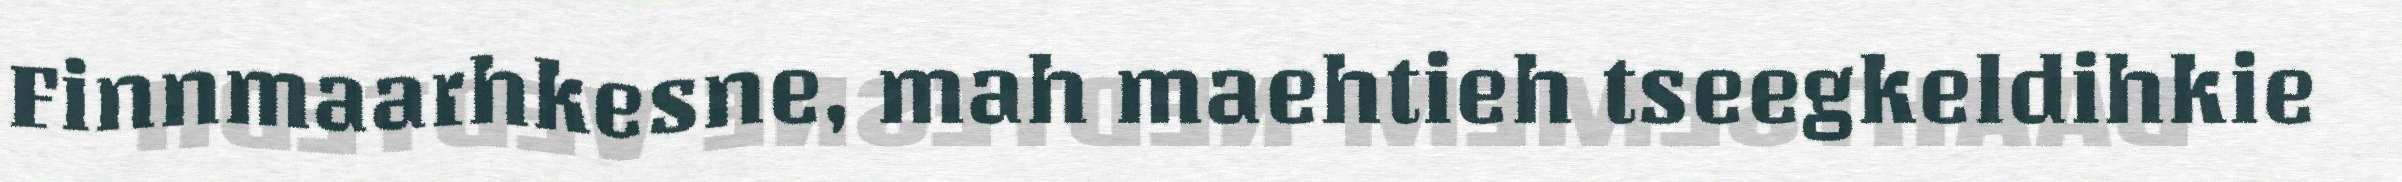
Finnmaarhkesne, mah maehtieh tseegkeldihkie